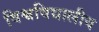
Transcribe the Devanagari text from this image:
विश्वविद्यालीय